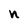
Character: n